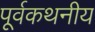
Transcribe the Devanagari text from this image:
पूर्वकथनीय